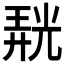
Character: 𭚙